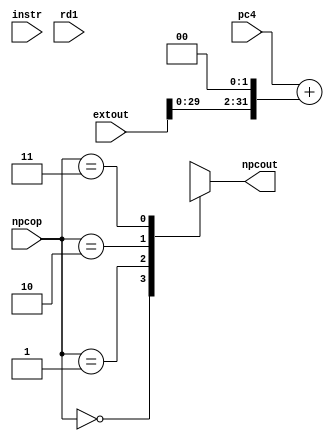
`timescale 1ns / 1ps

module NPC(pc4,extout,instr,rd1,npcop,npcout);
input [31:0] pc4,extout,instr,rd1;
input [1:0] npcop;
output [31:0] npcout;

wire [31:0]tmp[3:0];
wire [31:0]offset;
assign offset={extout[29:0],2'b00};
assign tmp[0]=pc4+offset;
assign tmp[1]={pc4[31:28],instr[25:0],2'b00};
assign tmp[2]=rd1;
assign npcout=tmp[npcop];
endmodule